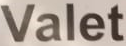
Valet